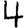
Digit: 4